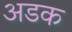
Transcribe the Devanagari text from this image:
अडक